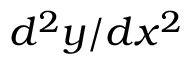
d ^ { 2 } y / d x ^ { 2 }